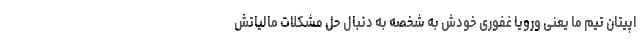
اپیتان تیم ما یعنی ورویا غفوری خودش به شخصه به دنبال حل مشکلات مالیاتش